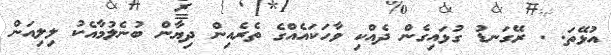
އުޅޭތަ. . ރޭގަނޑު ގުޅައިގެން ދެއްކި ވާހަކައެއްގެ ތެރެއިން ދިޔާން ބުނެލުމާއެކު ލިލިއަން